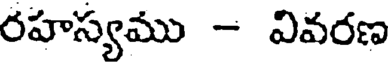
రహస్యము - వివరణ